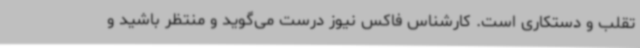
تقلب و دستکاری است. کارشناس فاکس نیوز درست می‌گوید و منتظر باشید و